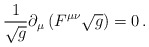
\begin{align*}{1\over\sqrt g} \partial_\mu\left(F^{\mu\nu}\sqrt{g}\right)=0\,.\end{align*}